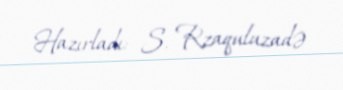
Hazırladı: S. Rzaquluzadə